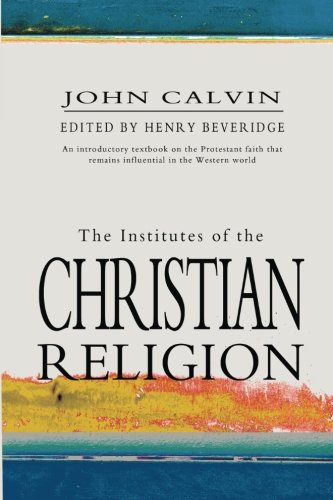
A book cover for The Institutes Of The Christian Religion; John Calvin; Self-Help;